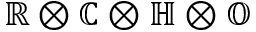
\mathbb { R } \otimes \mathbb { C } \otimes \mathbb { H } \otimes \mathbb { O }